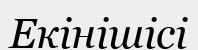
Екінішісі